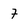
Character: f